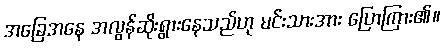
အခြေအနေ အလွန်ဆိုးရွားနေသည်ဟု မင်းသားအား ပြောကြား၏။